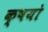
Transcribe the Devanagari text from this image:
क्षयो